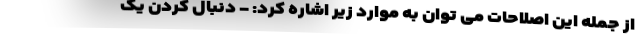
از جمله این اصلاحات می توان به موارد زیر اشاره کرد: - دنبال کردن یک